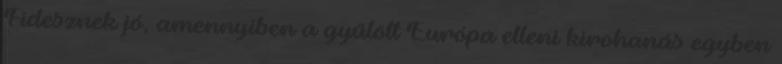
Fidesznek jó, amennyiben a gyűlölt Európa elleni kirohanás egyben